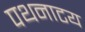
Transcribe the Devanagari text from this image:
पथनाटय